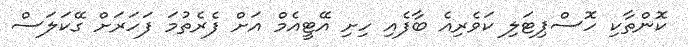
ކޮންތާކި ހޮސްޕިޓަލި ކަވެރިއެ ބާފެއި ހިށި އޭޓީއެމް އަަށް ފެރެތުމަ ފަހަރަށް ގޭކަލަސް